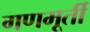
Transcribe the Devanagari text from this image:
गणमूर्ती